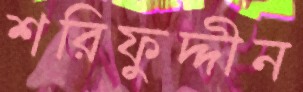
শরিফুদ্দীন